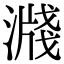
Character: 𣽖